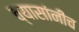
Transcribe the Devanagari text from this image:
व्यासांनीच